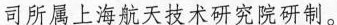
司所属上海航天技术研究院研制。